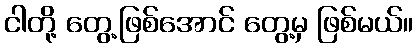
ငါတို့ တွေ့ဖြစ်အောင် တွေ့မှ ဖြစ်မယ်။